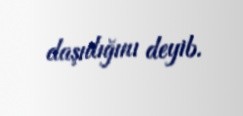
daşıdığını deyib.